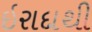
ઇરાદાથી